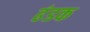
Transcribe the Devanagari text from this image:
ढंडक